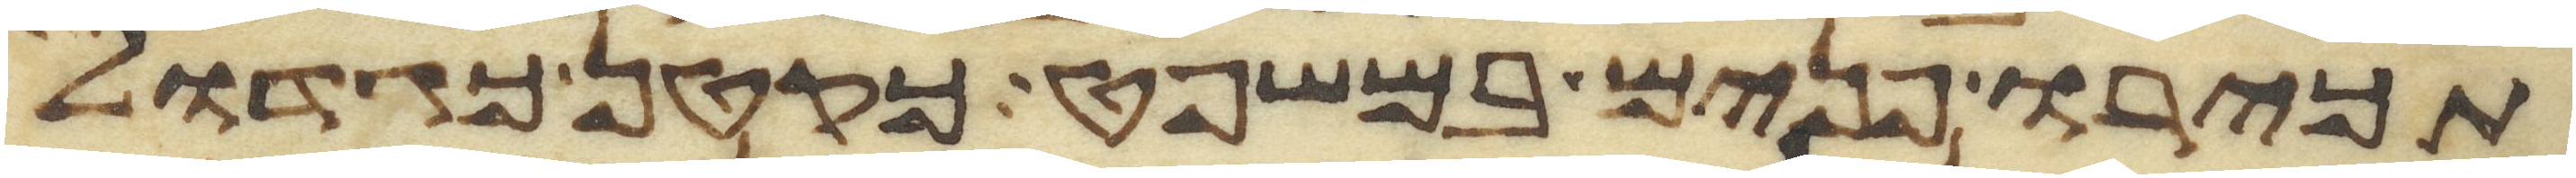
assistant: תכירו פנים במשפט כקטן כגדול